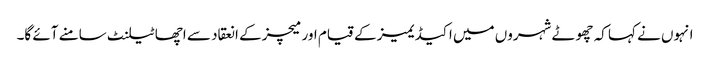
انہوں نے کہا کہ چھوٹے شہروں میں اکیڈیمیز کے قیام اور میچز کے انعقاد سے اچھا ٹیلنٹ سامنے آئے گا۔